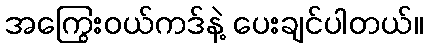
အကြွေးဝယ်ကဒ်နဲ့ ပေးချင်ပါတယ်။